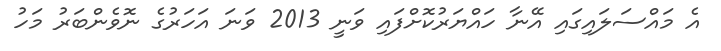
އެ މައްސަލައިގައި އޭނާ ހައްޔަރުކޮށްފައި ވަނީ 2013 ވަނަ އަހަރުގެ ނޮވެންބަރު މަހު